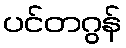
ပင်တဂွန်